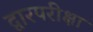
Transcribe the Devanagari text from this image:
द्वारपरीक्षा